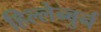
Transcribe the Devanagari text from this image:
हिल्लेन्बुर्न